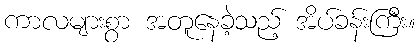
ကာလများစွာ အတူနေခဲ့သည့် အိပ်ခန်းကြီး။